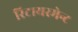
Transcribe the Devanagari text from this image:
रिटायरमेन्ट